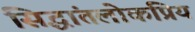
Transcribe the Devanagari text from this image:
सिद्धांतलोकप्रिय